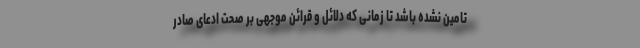
تامین نشده باشد تا زمانی که دلائل و قرائن موجهی بر صحت ادعای صادر